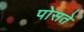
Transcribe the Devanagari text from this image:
पोसते